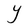
Character: Y